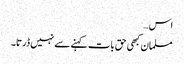
اس…
مسلمان کبھی حق بات کہنے سے نہیں ڈرتا۔